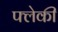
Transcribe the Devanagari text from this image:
फ्लेकी